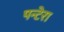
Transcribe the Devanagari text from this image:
पन्टेरा